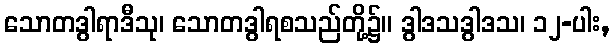
သောတဒွါရာဒီသု၊ သောတဒွါရစသည်တို့၌။ ဒွါဒသဒွါဒသ၊ ၁၂-ပါး,